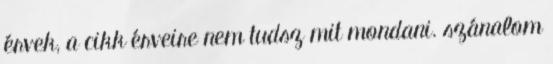
érvek, a cikk érveire nem tudsz mit mondani. szánalom